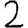
Digit: 2